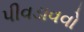
પીવડાવવો